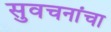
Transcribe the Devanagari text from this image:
सुवचनांचा